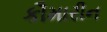
કૌમારીન